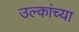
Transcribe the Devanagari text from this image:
उल्कांच्या